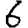
Digit: 6